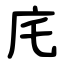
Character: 㡯